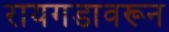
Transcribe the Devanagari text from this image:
रायगडावरून